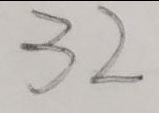
3 2